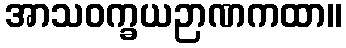
အာသဝက္ခယဉာဏကထာ။